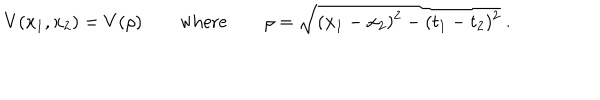
LaTeX: V ( x _ { 1 } , x _ { 2 } ) = V ( \rho ) \qquad \mathrm { w h e r e } \qquad \rho = \sqrt { ( { \bf x } _ { 1 } - { \bf x } _ { 2 } ) ^ { 2 } - ( t _ { 1 } - t _ { 2 } ) ^ { 2 } } \ .